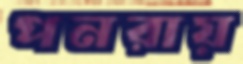
পনরায়